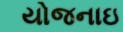
યોજનાઇ